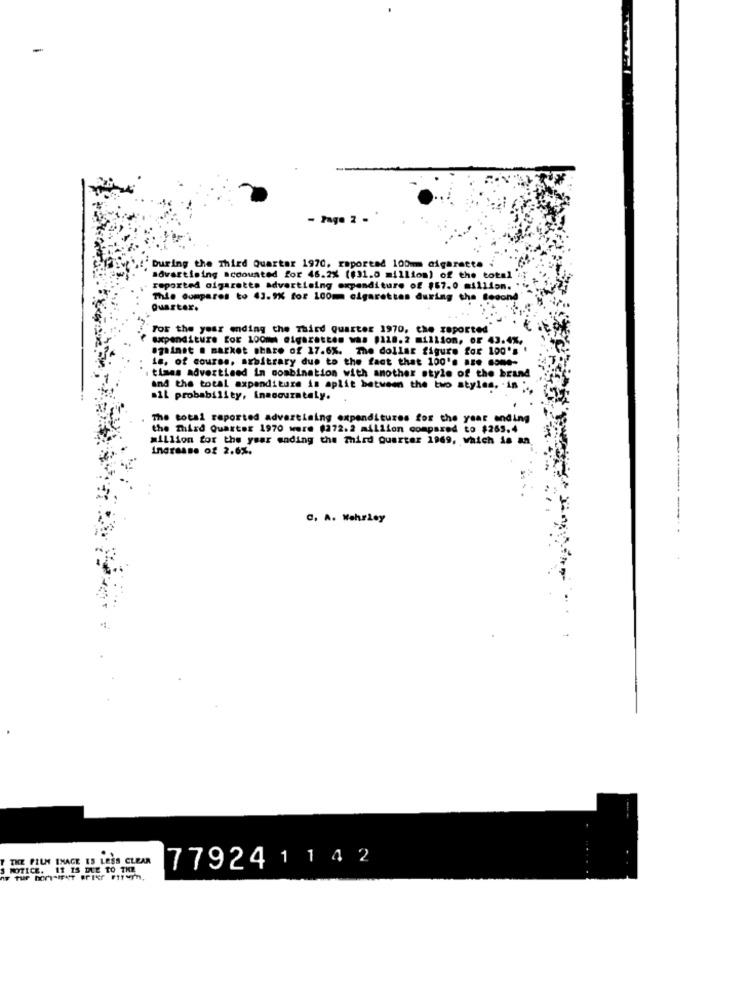
-
- Page 2 .
During the Third Quarter 1970. raporend 100mm cigarette
advertising accounted for 46.2% (#31.0 million) of the total
reported cigarette advertising expenditure of $67.0 million.
This compares to 43.9% for 100m cigarettes during the Second
Quarter.
For the year ending the Third Quarter 1970, the reported
expenditure for 100m Gigrottes was 118.2 million, OF 43.4%
against . market share of 17.6%. The dollar figure for 100's
is, of course. arbitrary due to the fact that 100's RE. some-
times advertised in combination with another style of the brand
and the total expenditure is aplit between the two styles, in
.il probability, inasouzataly.
The total reported advertising expenditures for the year anding
the Third Quarter 1970 were $272.2 million compared to $265.4
million for the year ending the Third Quarter 1969, which is an.
Increase of 2.6%.
C. A. Wehrley
THE FILM THAGE IS LESS CLEAR
779241142
NOTICE. 11 15 DUE TO THE